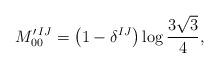
\begin{align*}M_{00}^{\prime\,IJ}=\bigl(1-\delta^{IJ}\bigr)\log\frac{3\sqrt{3}}{4},\end{align*}